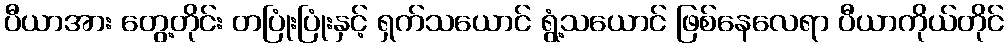
ပီယာအား တွေ့တိုင်း တပြုံးပြုံးနှင့် ရှက်သယောင် ရွံ့သယောင် ဖြစ်နေလေရာ ပီယာကိုယ်တိုင်